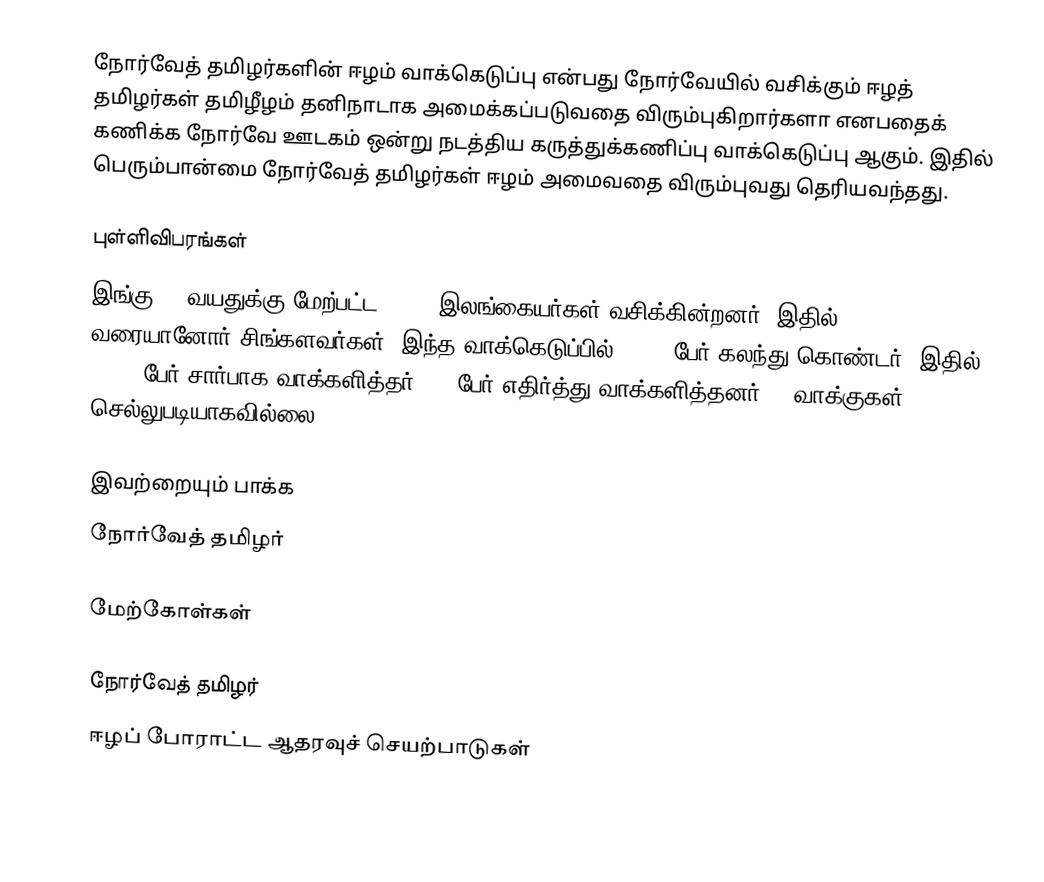
நோர்வேத் தமிழர்களின் ஈழம் வாக்கெடுப்பு என்பது நோர்வேயில் வசிக்கும் ஈழத் தமிழர்கள் தமிழீழம் தனிநாடாக அமைக்கப்படுவதை விரும்புகிறார்களா எனபதைக் கணிக்க நோர்வே ஊடகம் ஒன்று நடத்திய கருத்துக்கணிப்பு வாக்கெடுப்பு ஆகும்.  இதில் பெரும்பான்மை நோர்வேத் தமிழர்கள் ஈழம் அமைவதை விரும்புவது தெரியவந்தது.

புள்ளிவிபரங்கள்
இங்கு 18 வயதுக்கு மேற்பட்ட 8.797 இலங்கையர்கள் வசிக்கின்றனர்.  இதில் 300 வரையானோர் சிங்களவர்கள்.  இந்த வாக்கெடுப்பில் 5,633 பேர் கலந்து கொண்டர்.  இதில் 5.574 பேர் சார்பாக வாக்களித்தர்.  50 பேர் எதிர்த்து வாக்களித்தனர்.  9 வாக்குகள் செல்லுபடியாகவில்லை.

இவற்றையும் பாக்க
 நோர்வேத் தமிழர்

மேற்கோள்கள்

நோர்வேத் தமிழர்
ஈழப் போராட்ட ஆதரவுச் செயற்பாடுகள்